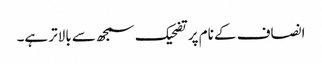
انصاف کے نام پر تضحیک سمجھ سے بالاتر ہے۔